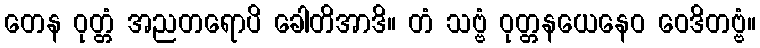
တေန ဝုတ္တံ အညတရောပိ ခေါတိအာဒိ။ တံ သဗ္ဗံ ဝုတ္တနယေနေဝ ဝေဒိတဗ္ဗံ။